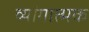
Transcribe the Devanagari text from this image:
व्यांगात्मक